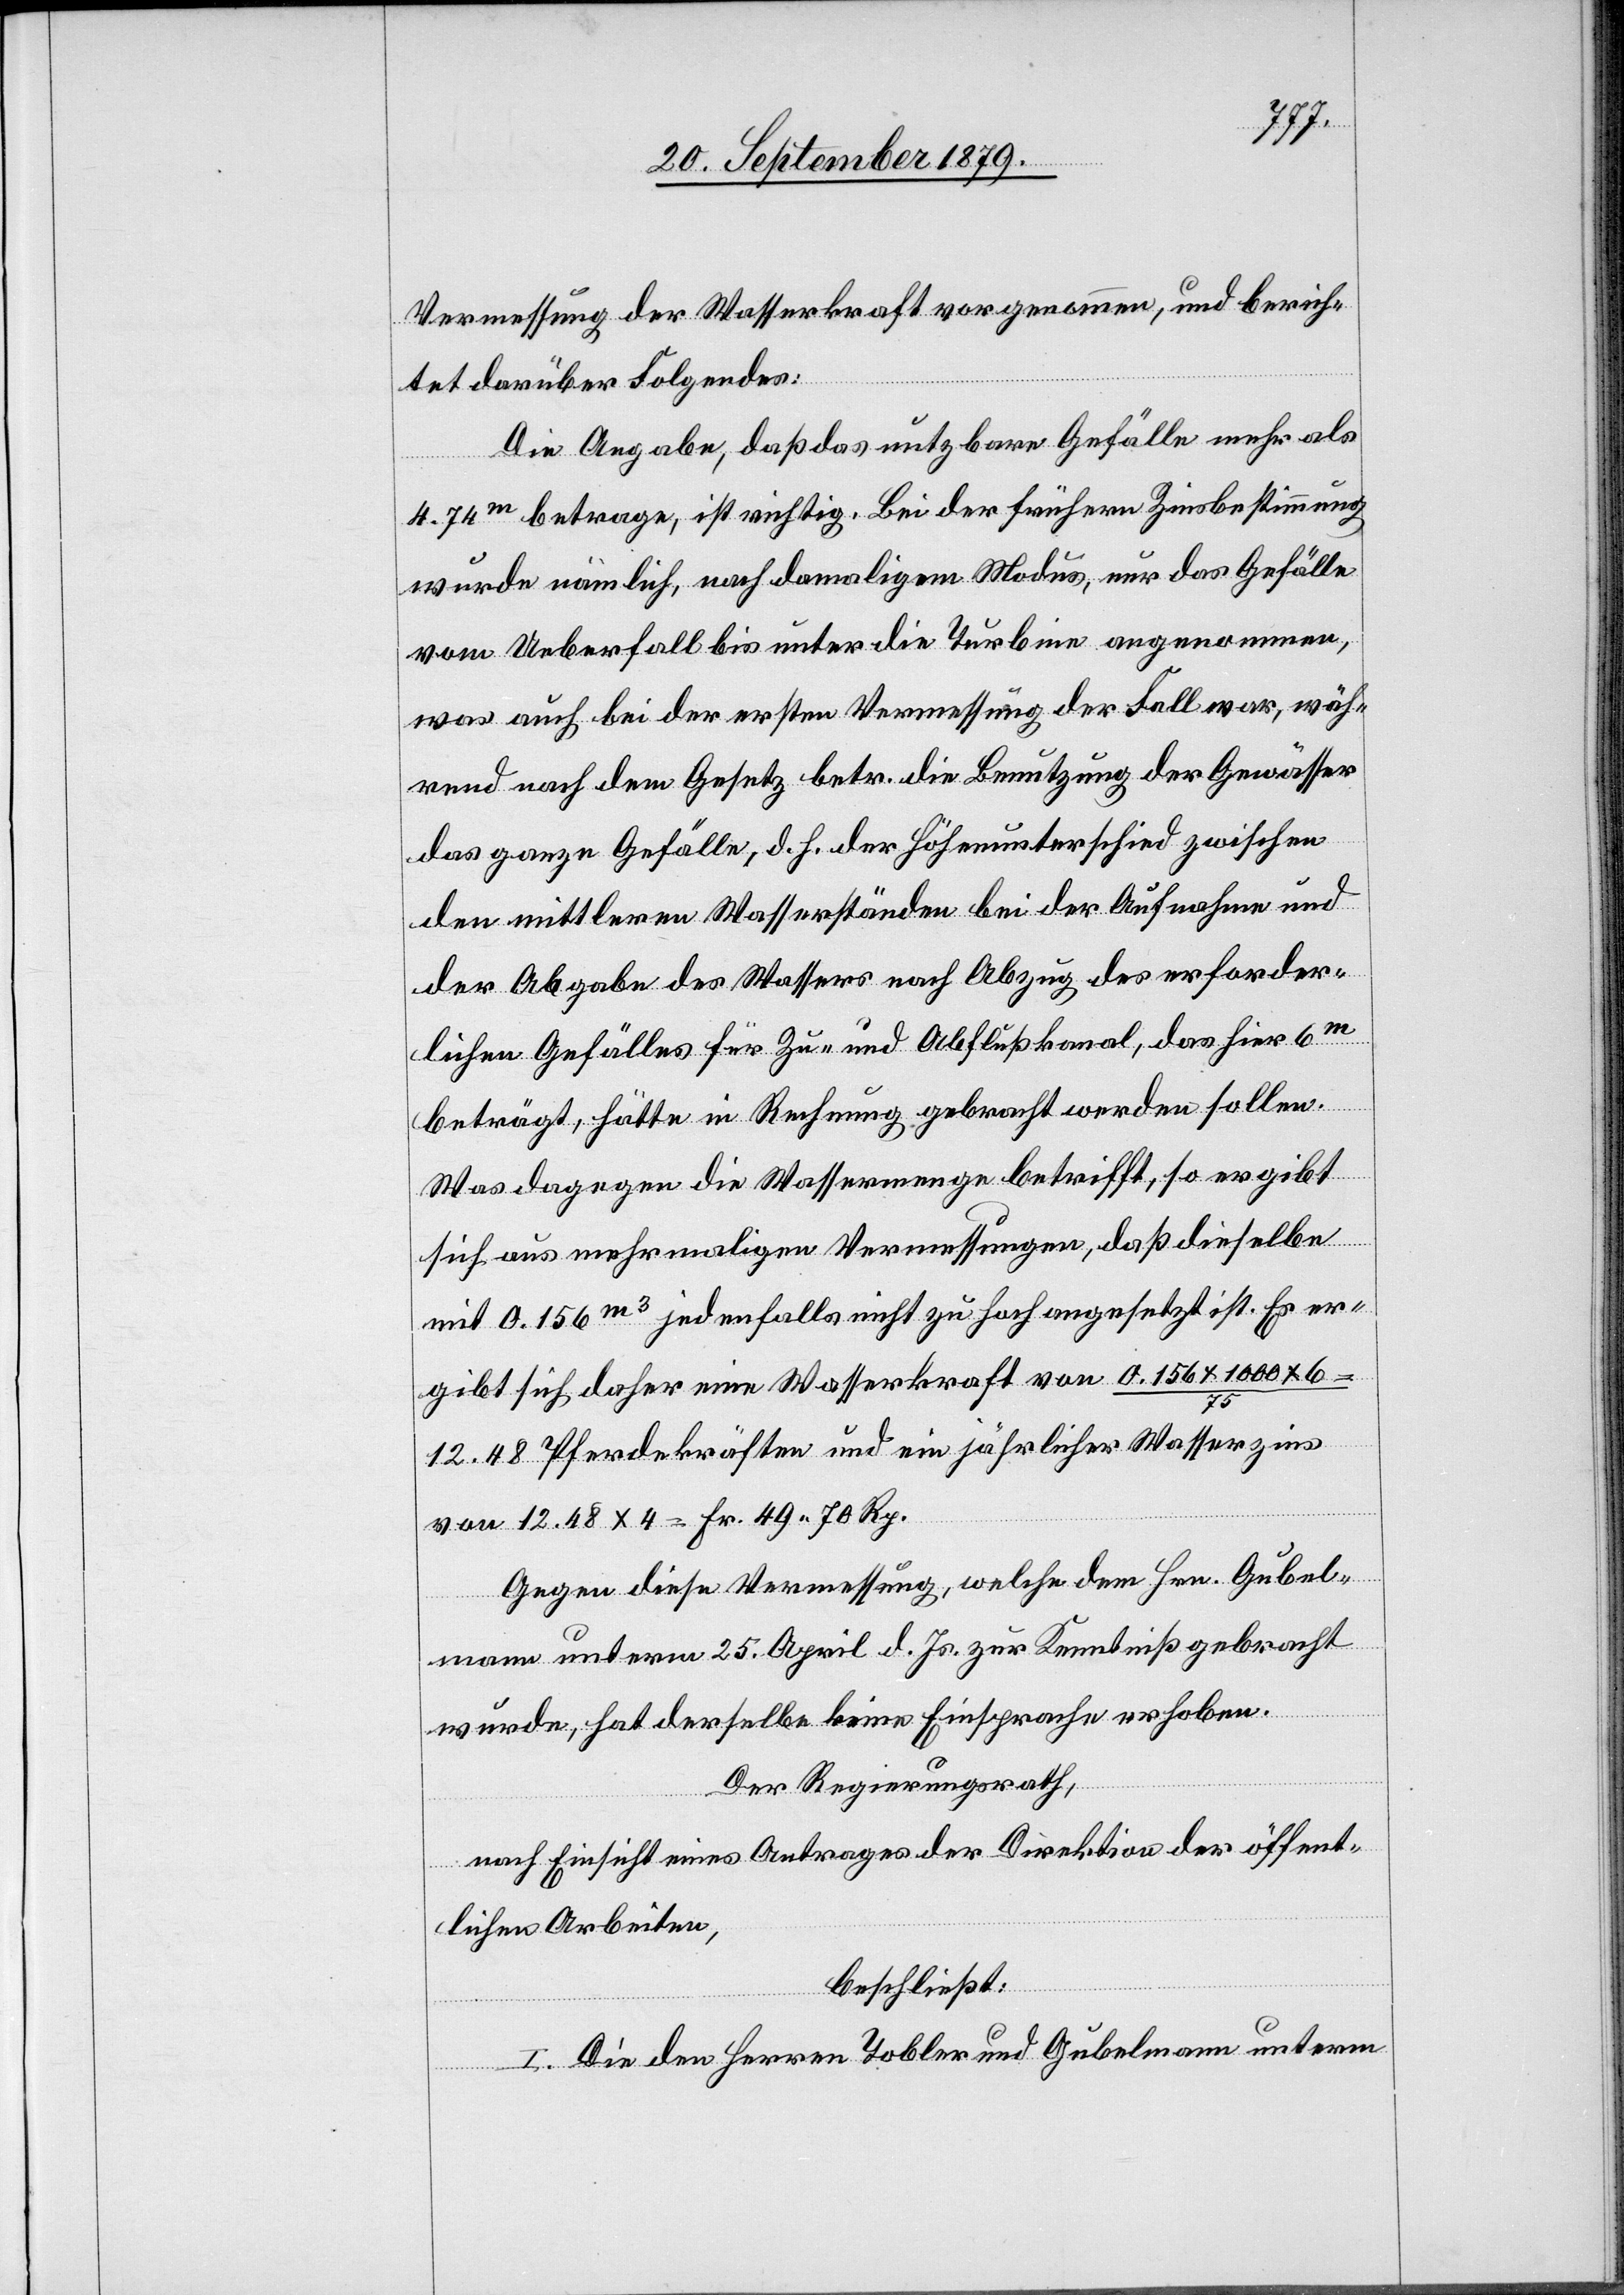
Vermessung der Wasserkraft vorgenommen, und berich¬
tet darüber Folgendes:
Die Angabe, daß das nutzbare Gefälle mehr als
4.74m betrage, ist richtig. Bei der frühern Zinsbestimmung
wurde nämlich, nach damaligem Modus, nur das Gefälle
vom Ueberfall bis unter die Turbine angenommen,
was auch bei der ersten Vermessung der Fall war, wäh¬
rend nach dem Gesetz betr. die Benutzung der Gewässer
das ganze Gefälle, d. h. der Höhenunterschied zwischen
den mittleren Wasserständen bei der Aufnahme und
der Abgabe des Wassers nach Abzug des erforder¬
lichen Gefälles für Zu- und Abflußkanal, das hier 6m
beträgt, hätte in Rechnung gebracht werden sollen.
Was dagegen die Wassermenge betrifft, so ergibt
sich aus mehrmaligen Vermessungen, daß dieselbe
mit 0.156m3 jedenfalls nicht zu hoch angesetzt ist. Es er¬
gibt sich daher eine Wasserkraft von 0.156 x 1000 x 6
12.48 Pferdekräften und ein jährlicher Wasserzins
von 12.48 x 4 = Fr. 49 70 Rp.
Gegen diese Vermessung, welche dem Hrn. Gubel¬
mann unterm 25. April d. Js. zur Kenntniß gebracht
wurde, hat derselbe keine Einsprache erhoben.
Der Regierungsrath,
nach Einsicht eines Antrages der Direktion der öffent¬
lichen Arbeiten,
beschließt:
I. Die den Herren Tobler und Gubelmann unterm